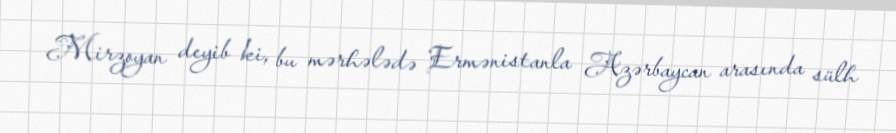
Mirzoyan deyib ki, bu mərhələdə Ermənistanla Azərbaycan arasında sülh